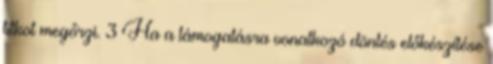
titkot megőrzi. 3 Ha a támogatásra vonatkozó döntés előkészítése